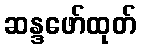
ဆန္ဒဖော်ထုတ်